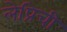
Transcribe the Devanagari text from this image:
लेप्रिची